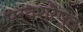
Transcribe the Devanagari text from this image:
सर्वश्रैष्ठ